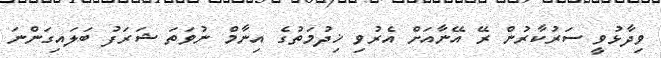
ވިދާޅުވީ ސަރުކާރުން ރޭ އޭނާއަށް އެރުވި ޚިދުމަތުގެ އިނާމް ނުވަތަ ޝަރަފު ބަލައިގަންނަ